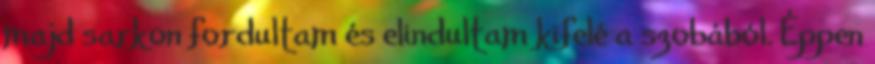
majd sarkon fordultam és elindultam kifelé a szobából. Éppen